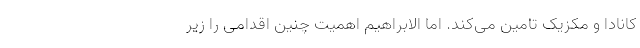
کانادا و مکزیک تامین می‌کند. اما الابراهیم اهمیت چنین اقدامی را زیر